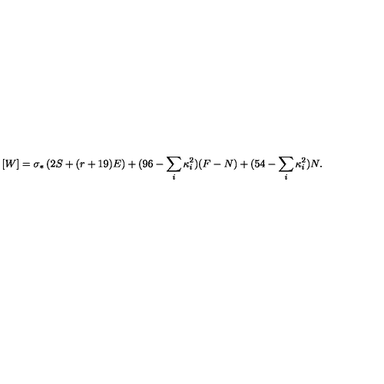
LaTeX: [ W ] = \sigma _ { * } \left( 2 S + ( r + 1 9 ) E \right) + ( 9 6 - \sum _ { i } \kappa _ { i } ^ { 2 } ) ( F - N ) + ( 5 4 - \sum _ { i } \kappa _ { i } ^ { 2 } ) N .